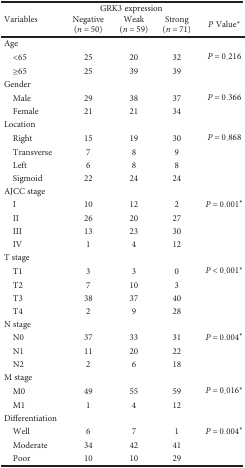
<table><thead><tr><td rowspan="2"><b>Variables</b></td><td colspan="3"><b>GRK3 expression</b></td><td></td></tr><tr><td><b>Negative (<i>n</i> = 50)</b></td><td><b>Weak (<i>n</i> = 59)</b></td><td><b>Strong (<i>n</i> = 71)</b></td><td><b><i>P</i> Value<sup>∗</sup></b></td></tr></thead><tbody><tr><td>Age</td><td></td><td></td><td></td><td></td></tr><tr><td> &lt;65</td><td>25</td><td>20</td><td>32</td><td><i>P</i> = 0.216</td></tr><tr><td> ≥65</td><td>25</td><td>39</td><td>39</td><td></td></tr><tr><td>Gender</td><td></td><td></td><td></td><td></td></tr><tr><td> Male</td><td>29</td><td>38</td><td>37</td><td><i>P</i> = 0.366</td></tr><tr><td> Female</td><td>21</td><td>21</td><td>34</td><td></td></tr><tr><td>Location</td><td></td><td></td><td></td></tr><tr><td> Right</td><td>15</td><td>19</td><td>30</td><td><i>P</i> = 0.868</td></tr><tr><td> Transverse</td><td>7</td><td>8</td><td>9</td><td></td></tr><tr><td> Left</td><td>6</td><td>8</td><td>8</td><td></td></tr><tr><td> Sigmoid</td><td>22</td><td>24</td><td>24</td><td></td></tr><tr><td>AJCC stage</td><td></td><td></td><td></td><td></td></tr><tr><td> I</td><td>10</td><td>12</td><td>2</td><td><i>P</i> = 0.001<sup>∗</sup></td></tr><tr><td> II</td><td>26</td><td>20</td><td>27</td><td></td></tr><tr><td> III</td><td>13</td><td>23</td><td>30</td><td></td></tr><tr><td> IV</td><td>1</td><td>4</td><td>12</td><td></td></tr><tr><td>T stage</td><td></td><td></td><td></td><td></td></tr><tr><td> T1</td><td>3</td><td>3</td><td>0</td><td><i>P</i> &lt; 0.001<sup>∗</sup></td></tr><tr><td> T2</td><td>7</td><td>10</td><td>3</td><td></td></tr><tr><td> T3</td><td>38</td><td>37</td><td>40</td><td></td></tr><tr><td> T4</td><td>2</td><td>9</td><td>28</td><td></td></tr><tr><td>N stage</td><td></td><td></td><td></td><td></td></tr><tr><td> N0</td><td>37</td><td>33</td><td>31</td><td><i>P</i> = 0.004<sup>∗</sup></td></tr><tr><td> N1</td><td>11</td><td>20</td><td>22</td><td></td></tr><tr><td> N2</td><td>2</td><td>6</td><td>18</td><td></td></tr><tr><td>M stage</td><td></td><td></td><td></td><td></td></tr><tr><td> M0</td><td>49</td><td>55</td><td>59</td><td><i>P</i> = 0.016<sup>∗</sup></td></tr><tr><td> M1</td><td>1</td><td>4</td><td>12</td><td></td></tr><tr><td>Differentiation</td><td></td><td></td><td></td><td></td></tr><tr><td> Well</td><td>6</td><td>7</td><td>1</td><td><i>P</i> = 0.004<sup>∗</sup></td></tr><tr><td> Moderate</td><td>34</td><td>42</td><td>41</td><td></td></tr><tr><td> Poor</td><td>10</td><td>10</td><td>29</td><td></td></tr></tbody></table>